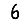
Digit: 6